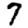
Digit: 7